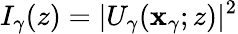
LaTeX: I_{\gamma}(z)=|U_{\gamma}(\mathbf{x}_{\gamma};z)|^{2}